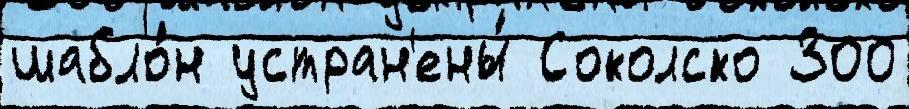
шабло́н устран'ены́ Соколско 300